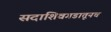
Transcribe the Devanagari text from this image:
सदाशिवगडातूनच